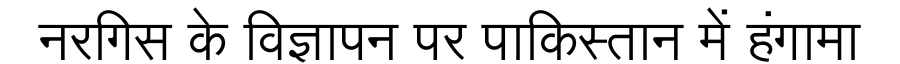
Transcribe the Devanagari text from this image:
नरगिस के विज्ञापन पर पाकिस्तान में हंगामा